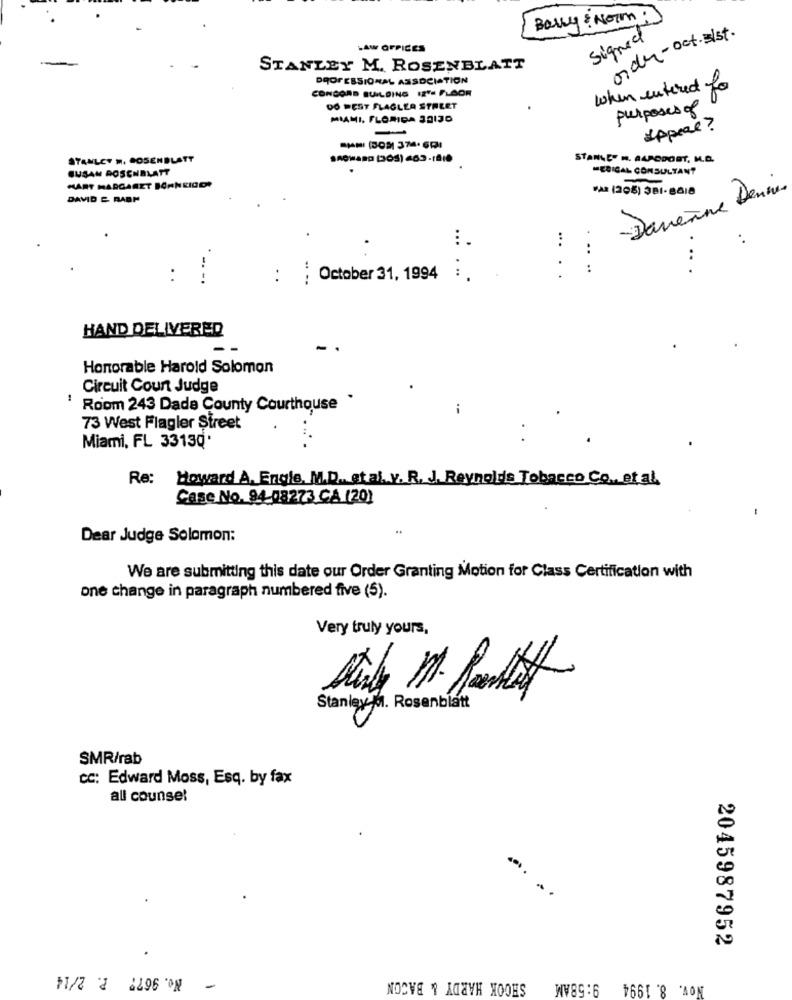
Bally : Norm.
order-oct.sist.
signed
LAW OFFICES
STANLEY M. ROSENBLATT
DROFESSIONAL ASSOCIATION
CONCORD BUILDING 12"- FLOOR
when entered for
DO PEST FLAGLER STREET
purposes of
MIAMI, FLORIDA 30130
-
Appeal?
STANLEY M. COSENBLATT
STANLEY M. AARCDOST, M.D.
SUSAN ROSENBLATT
MEDICAL CONSULTANT
HART MARGARET BONNEIGOR
-Davenne Denier
DAVID &. RABP
VA (208) 381-8618
...
...
..
.. .
-- -.
: : October 31, 1994 : .
HAND DELIVERED
Honorable Harold Solomon
Circuit Court Judge
Room 243 Dade County Courthouse .
..
73 West Flagler Street
Miami, FL 33130
Re:
Howard A. Engle, M.D. stal. v. R. J. Reynolds Tobacco Co. et al.
Case No. 94 08273 CA (20)
Dear Judge Solomon:
We are submitting this date our Order Granting Motion for Class Certification with
one change in paragraph numbered five (5).
Very truly yours,
Stanley M. Rosenblatt
SMR/rab
cc: Edward Moss, Esq. by fax
all counsel
-
2045987952
No. 9677 P. 2/14
Nov. 8. 1994 9:58AM SHOOK HARDY & BACON